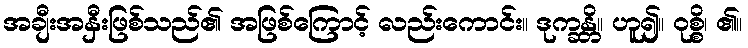
အချီးအနှီးဖြစ်သည်၏ အဖြစ်ကြောင့် လည်းကောင်း။ ဒုက္ခန္တိ။ ဟူ၍။ ဝုစ္စိ၊ ၏။